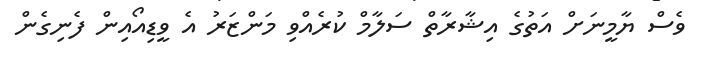
ވެސް ޔާމީނަށް އަތުގެ އިޝާރާތް ސަލާމް ކުރެއްވި މަންޒަރު އެ ވީޑިއޯއިން ފެނިގެން